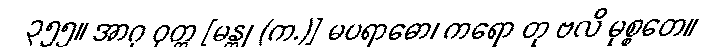
၃၅၅။ အာဂု ဝုတ္တ [မန္တု (က.)] မပရာဓော၊ ကရော တု ဗလိ မုစ္စတေ။